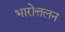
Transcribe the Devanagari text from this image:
भारोत्तलन